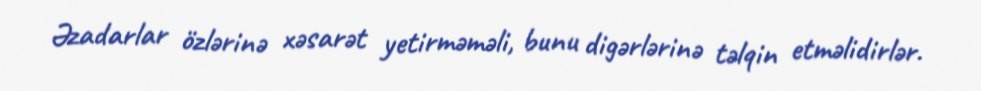
Əzadarlar özlərinə xəsarət yetirməməli, bunu digərlərinə təlqin etməlidirlər.